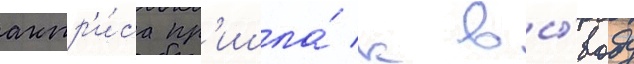
актр'и́са пр'ишла́ к вы́воду